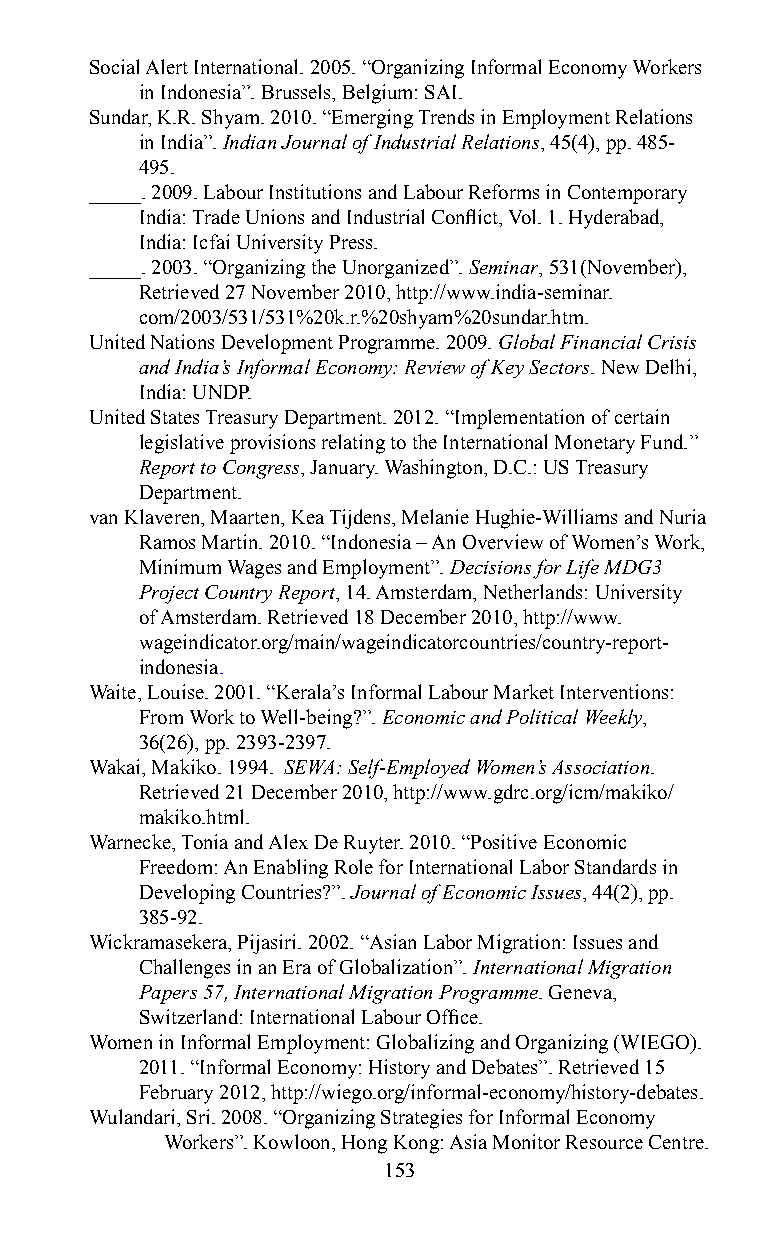
Social Alert International. 2005. “Organizing Informal Economy Workers
 in Indonesia”. Brussels, Belgium: SAI.
 Sundar, K.R. Shyam. 2010. “Emerging Trends in Employment Relations
 in India”. Indian Journal of Industrial Relations, 45(4), pp. 485-
 495.
 _____. 2009. Labour Institutions and Labour Reforms in Contemporary
 India: Trade Unions and Industrial Conflict, Vol. 1. Hyderabad,
 India: Icfai University Press.
 _____. 2003. “Organizing the Unorganized”. Seminar, 531(November),
 Retrieved 27 November 2010, http://www.india-seminar.
 com/2003/531/531%20k.r.%20shyam%20sundar.htm.
 United Nations Development Programme. 2009. Global Financial Crisis
 and India’s Informal Economy: Review of Key Sectors. New Delhi,
 India: UNDP.
 United States Treasury Department. 2012. “Implementation of certain
 legislative provisions relating to the International Monetary Fund.”
 Report to Congress, January. Washington, D.C.: US Treasury
 Department.
 van Klaveren, Maarten, Kea Tijdens, Melanie Hughie-Williams and Nuria
 Ramos Martin. 2010. “Indonesia – An Overview of Women’s Work,
 Minimum Wages and Employment”. Decisions for Life MDG3
 Project Country Report, 14. Amsterdam, Netherlands: University
 of Amsterdam. Retrieved 18 December 2010, http://www.
 wageindicator.org/main/wageindicatorcountries/country-report-
 indonesia.
 Waite, Louise. 2001. “Kerala’s Informal Labour Market Interventions:
 From Work to Well-being?”. Economic and Political Weekly,
 36(26), pp. 2393-2397.
 Wakai, Makiko. 1994. SEWA: Self-Employed Women’s Association.
 Retrieved 21 December 2010, http://www.gdrc.org/icm/makiko/
 makiko.html.
 Warnecke, Tonia and Alex De Ruyter. 2010. “Positive Economic
 Freedom: An Enabling Role for International Labor Standards in
 Developing Countries?”. Journal of Economic Issues, 44(2), pp.
 385-92.
 Wickramasekera, Pijasiri. 2002. “Asian Labor Migration: Issues and
 Challenges in an Era of Globalization”. International Migration
 Papers 57, International Migration Programme. Geneva,
 Switzerland: International Labour Office.
 Women in Informal Employment: Globalizing and Organizing (WIEGO).
 2011. “Informal Economy: History and Debates”. Retrieved 15
 February 2012, http://wiego.org/informal-economy/history-debates.
 Wulandari, Sri. 2008. “Organizing Strategies for Informal Economy
 Workers”. Kowloon, Hong Kong: Asia Monitor Resource Centre.
 153